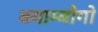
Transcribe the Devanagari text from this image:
क्याम्बोगो